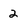
Character: 2